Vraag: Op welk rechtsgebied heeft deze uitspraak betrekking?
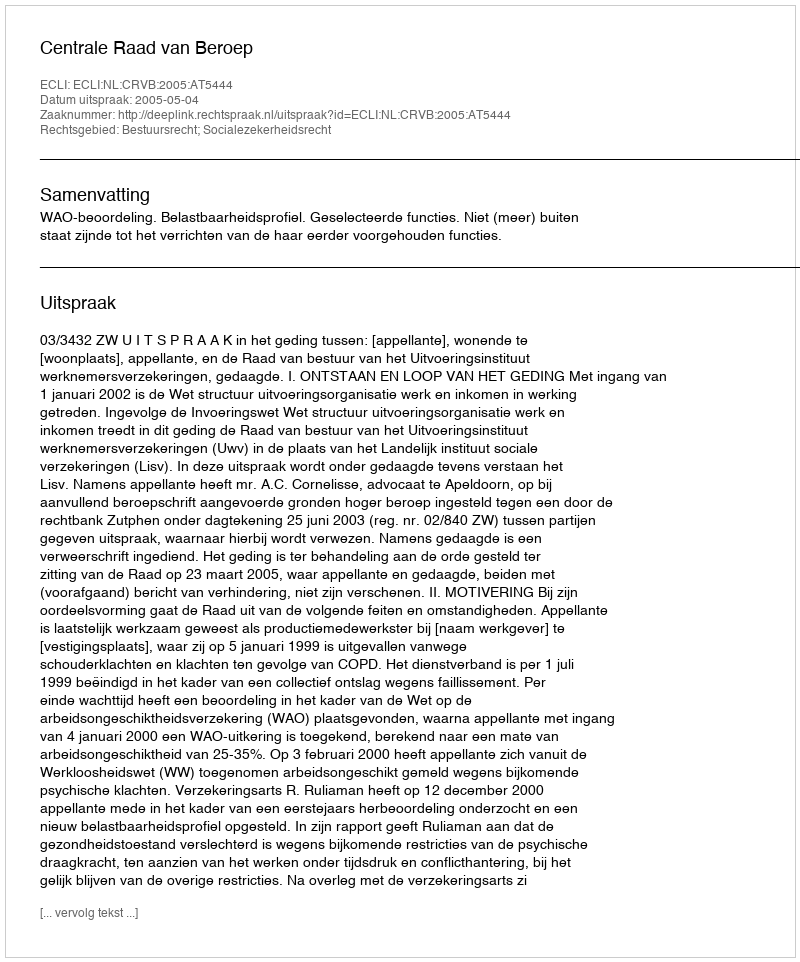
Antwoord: Bestuursrecht; Socialezekerheidsrecht